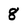
Character: 8